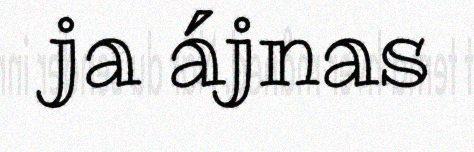
ja ájnas